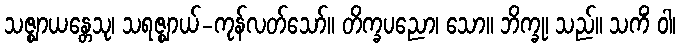
သဇ္ဈာယန္တေသု၊ သရဇ္ဈာယ်-ကုန်လတ်သော်။ တိက္ခပညော၊ သော။ ဘိက္ခု၊ သည်။ သကိံ ဝါ၊